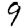
Digit: 9